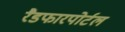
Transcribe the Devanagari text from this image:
रैडफारपोर्टल